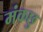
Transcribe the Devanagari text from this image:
मंकछु